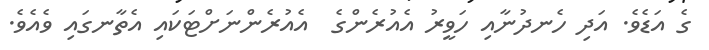
ގެ އަޑެވެ. އަދި ހެނދުނާއި ހަވީރު އެއުރެންގެ  އެއުރެންނަށްޓަކައި އެތާނގައި ވެއެވެ.